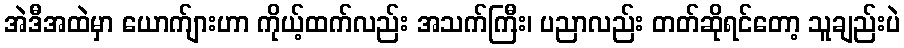
အဲဒီအထဲမှာ ယောက်ျားဟာ ကိုယ့်ထက်လည်း အသက်ကြီး၊ ပညာလည်း တတ်ဆိုရင်တော့ သူချည်းပဲ